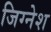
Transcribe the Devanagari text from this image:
जिग्नेश